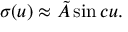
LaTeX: \sigma ( u ) \approx \tilde { A } \sin c u .